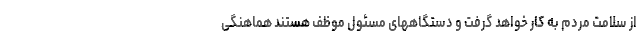
از سلامت مردم به کار خواهد گرفت و دستگاههای مسئول موظف هستند هماهنگی